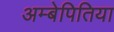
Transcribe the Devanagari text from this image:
अम्बेपितिया